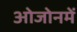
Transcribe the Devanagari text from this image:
ओजोनमें